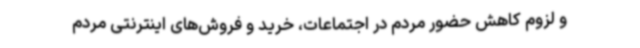
و لزوم کاهش حضور مردم در اجتماعات، خرید و فروش‌های اینترنتی مردم